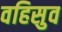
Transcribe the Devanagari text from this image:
वहिसुव